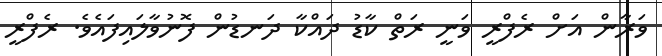
ވަރާން އަށް ރެފްރީ ވަނީ ރަތް ކާޑު ދައްކާ ދަނޑުން ފޮނުވާލައިފައެވެ. ރެފްރީ